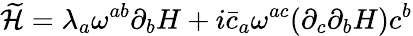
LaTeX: \widetilde{\cal H}=\lambda_{a}\omega^{ab}\partial_{b}H+i\bar{c}_{a}\omega^{ac}(\partial_{c}\partial_{b}H)c^{b}